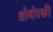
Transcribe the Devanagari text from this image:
शोबोस्की